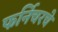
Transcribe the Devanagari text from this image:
फर्निचरचे